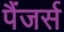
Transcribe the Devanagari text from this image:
पैंजर्स